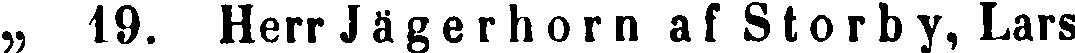
„ 19. Herr Jägerhorn af Storby, Lars